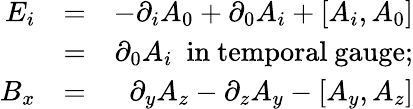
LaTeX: \begin{array}{rlr}{E_{i}}&{=}&{-\partial_{i}A_{0}+\partial_{0}A_{i}+[A_{i},A_{0}]}\\ &{=}&{\partial_{0}A_{i}\mathrm{\ \ in~temporal~gauge};}\\ {B_{x}}&{=}&{\partial_{y}A_{z}-\partial_{z}A_{y}-[A_{y},A_{z}]}\end{array}